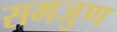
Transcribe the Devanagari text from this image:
समजुण